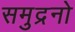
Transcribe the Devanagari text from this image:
समुद्रनो